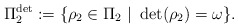
\begin{align*}\Pi_2^{\det} := \{\rho_2 \in \Pi_2 \ | \ \det(\rho_2)=\omega\}.\end{align*}